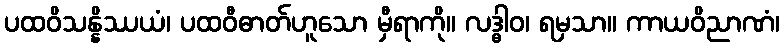
ပထဝိသန္နိဿယံ၊ ပထဝီဓာတ်ဟူသော မှီရာကို။ လဒ္ဓါဝ၊ ရမှသာ။ ကာယဝိညာဏံ၊